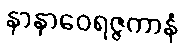
နာနာဝေရဇ္ဇကာနံ